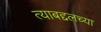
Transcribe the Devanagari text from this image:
त्याबद्दलच्या